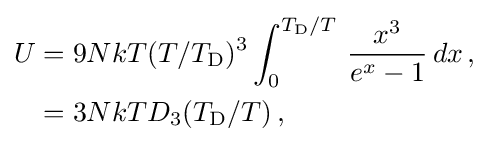
{\begin{aligned}U&=9NkT(T/T_{\rm {D}})^{3}\int _{0}^{T_{\rm {D}}/T}\,{x^{3} \over e^{x}-1}\,dx\,,\\&=3NkTD_{3}(T_{\rm {D}}/T)\,,\end{aligned}}